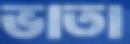
ভাতা